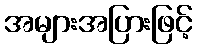
အများအပြားဖြင့်